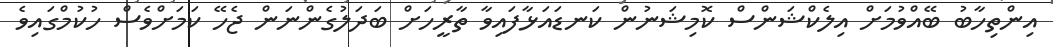
އިންތިހާބު ބޭއްވުމަށް އިލެކްޝަންސް ކޮމިޝަނުން ކަނޑައަޅާފައިވާ ތާރީހަށް ބަދަލުގެންނަން ޖެހޭ ކަމަށްވެސް ހުކުމްގައިވެ